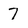
Character: 7